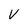
Character: V